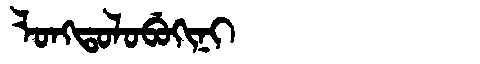
Manchu: ᠯᠣᠩᡨᠣᠯᠣᠪᡠᡴᡳᠨᡳ
Romanization: LONGTOLOBUKINI